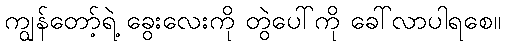
ကျွန်တော့်ရဲ့ ခွေးလေးကို တွဲပေါ်ကို ခေါ်လာပါရစေ။